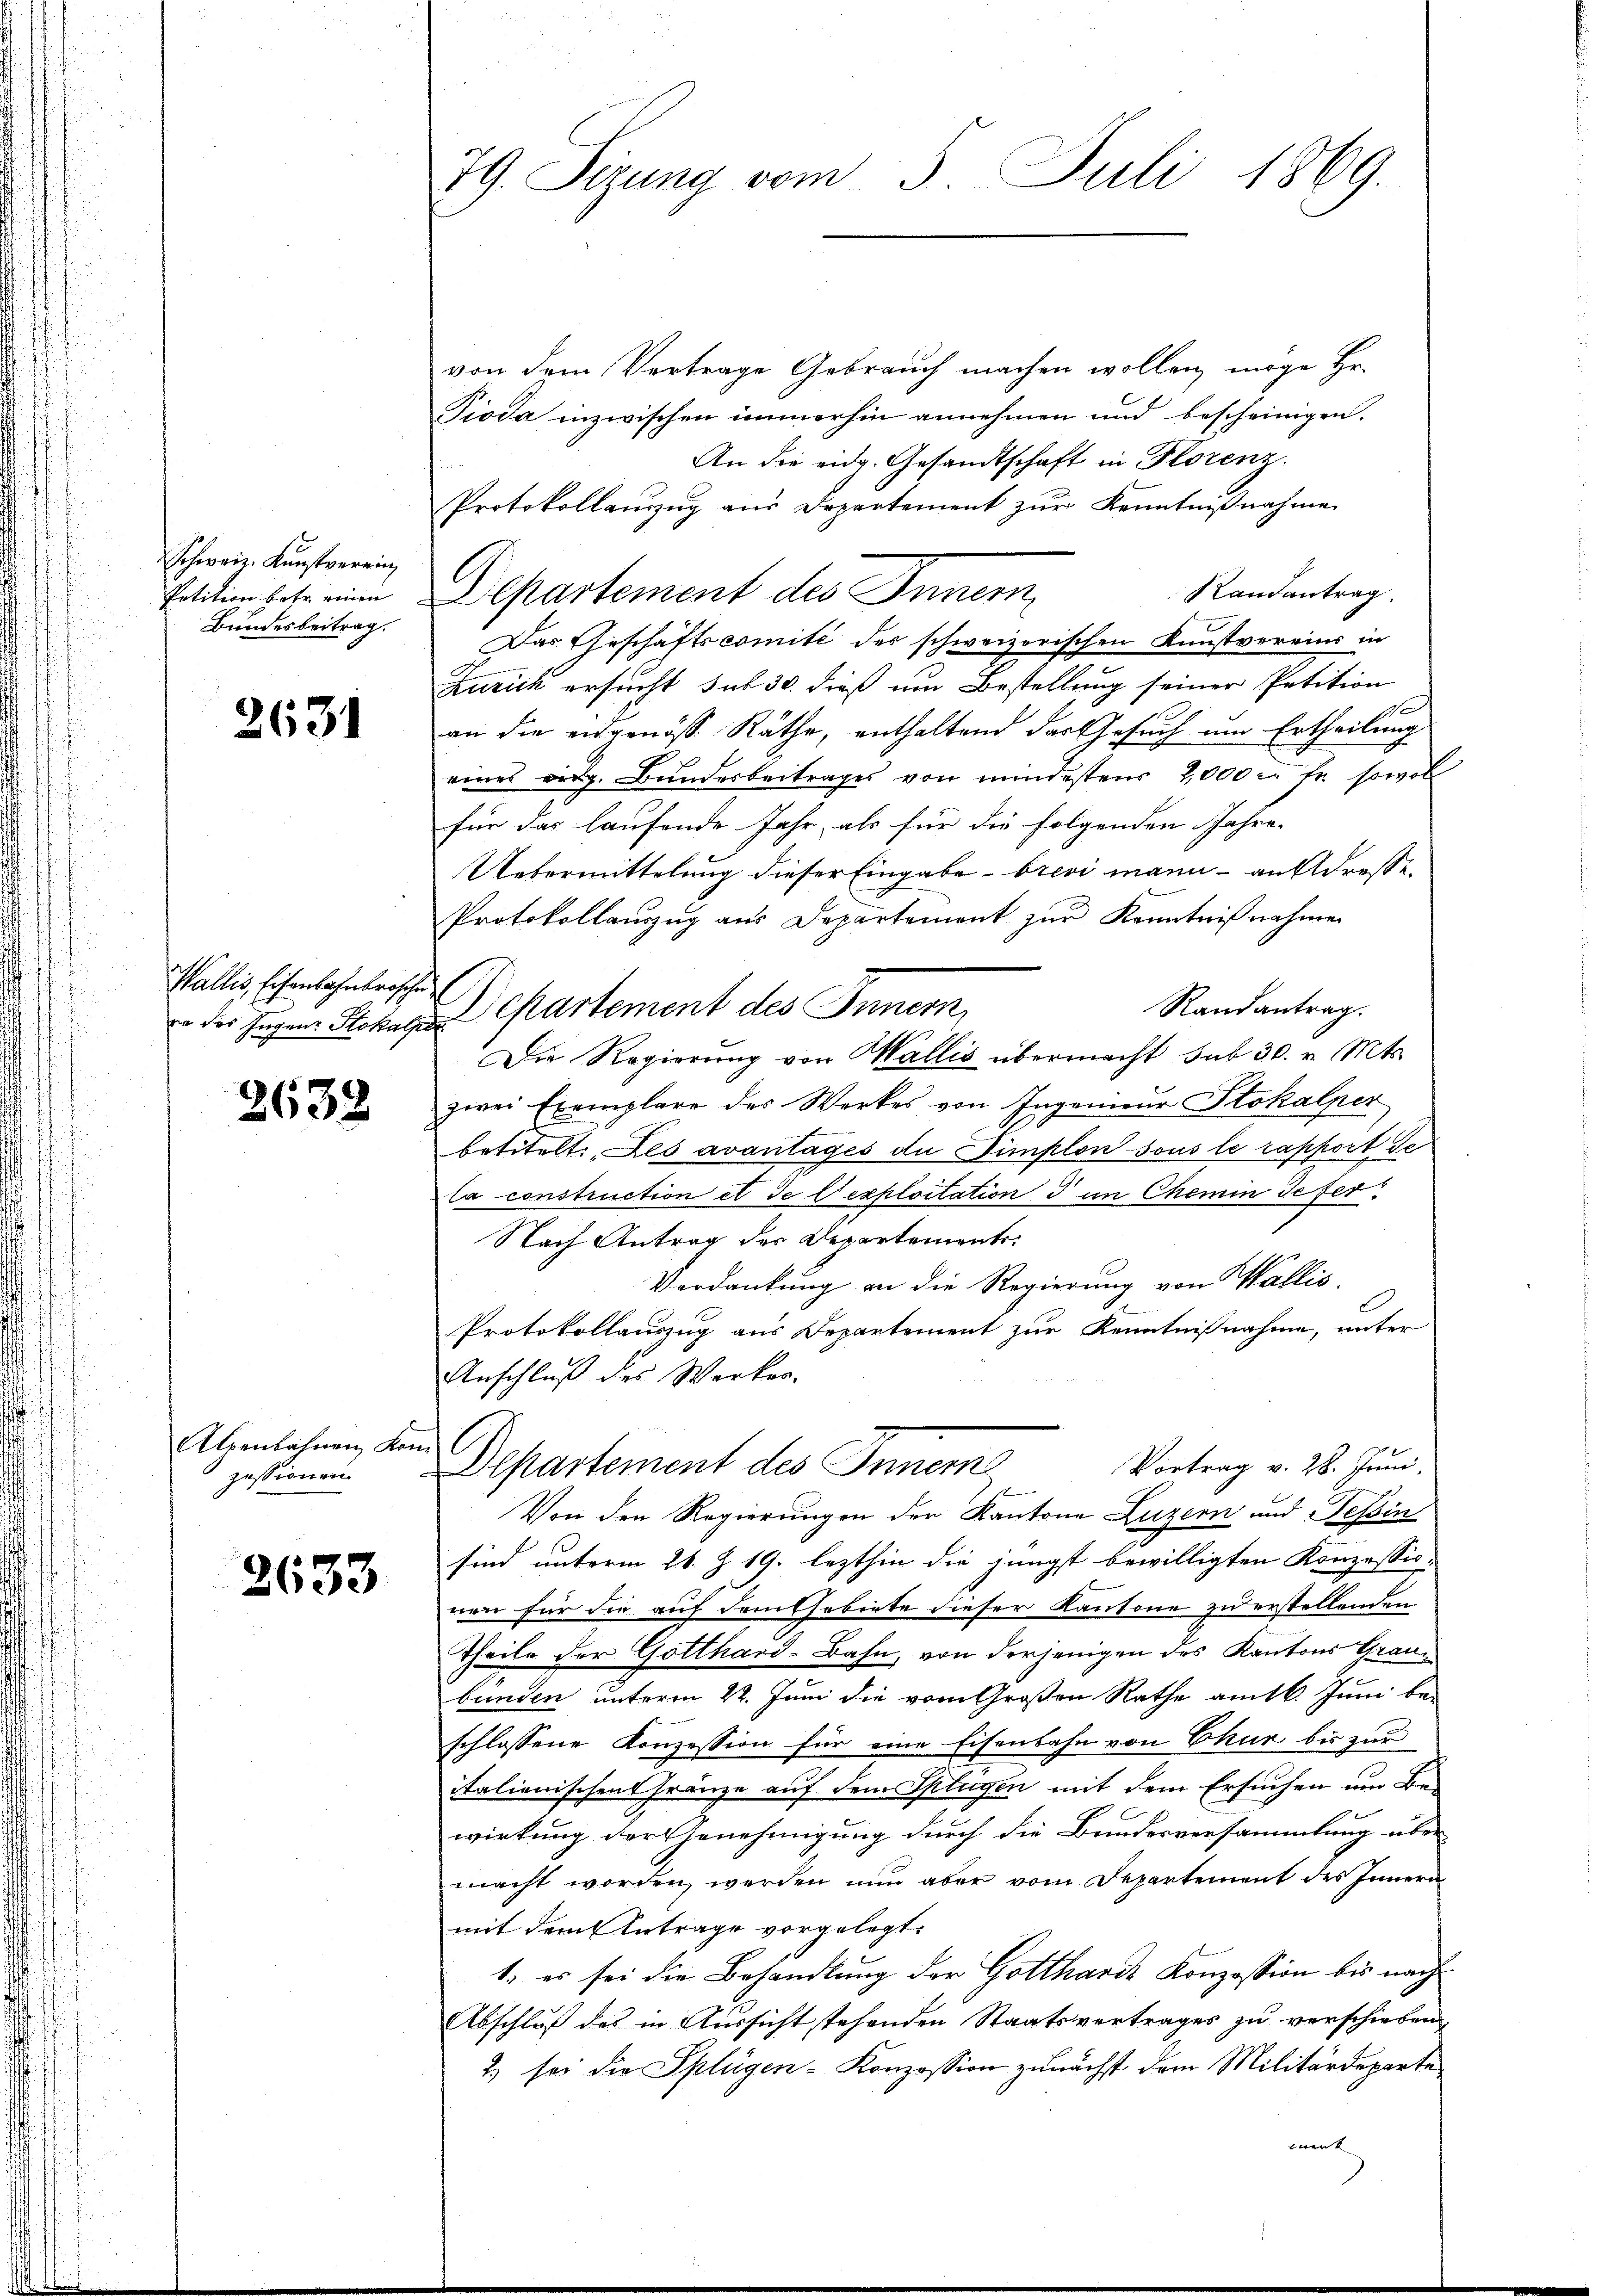
Schweiz. Kunstverein
Petition betr. einen
Bundesbeitrag.

2631

Wallis, Eisenbahnbrosche

2638

Alpenbahnen Kon
zessionen

2633

79. Ferung vom 3. Juli 1869.

von dem Vertrage Gebrauch machen wollen möge Hr.
Pioda inzwischen immerhin annehmen und bescheinigen.
An die eidg. Gesandtschaft in Florenz.
Protokollanzug aus Departement zur Kenntnißnahme
Randantrag.
Departement des Inner
Das Geschäftscomité des schweizerischen Kunstvoreins in
Zürich ersucht, sub 30. dieß um Bestellung seiner Petition
an die angenöss Räthe, enthaltend das Gesuch um Ertheilung
eines eidg. Bundesbeitrages von mindestens 2,000 c. fr. sowol
für das laufende Jahr, als für die folgenden Jahre
Uebermittelung dieser Eingabe brevi mann - an Adresse
Protokollanzug aus Departement zŭr Kenntnißnahmen
Randantrag.
o der Jugen Stokat Chartement des Innern,
Die Regierung von Wallis übermacht sub 30. v. Mts.
zwei Exemplare des Werkes von Ingenieur Stokalper
betitelt, Les avantages die Simplon sous le rapport se
la construction et de l’exploitation d im Chemin defer
Nach Antrag der Departements
Verdankung an die Regierung von Wallis
Protokollauszug aus Departement zur Kenntnißnahme, unter
Anschluß des Werker.
i
Vortrag v. 28. Juni,
Departement des Inner
Von den Regierungen der Kantone Luzern und Tessin
sind unterm 21. Z. 19. lezthin die jüngst bewilligten Konzessio-
nen für die auf dem Gebiete dieser Kantone zu erstellenden
Theile der Gotthard-Bahn, von derjenigen des Kantons Graubunden unterm 22. Juni die vom Großen Rathe am 16. Juni be-
schlossene Konzession für eine Eisenbahn von Chur bis zur
italienischen Fränze auf dem Splagen mit dem Ersuchen um Bewirkung der Genehmigung durch die Bundesversammlung über
macht worden werden nun aber vom Departement des Innern
mit dem Antrage vorgelegt.
1. es sei die Behandlung der Gottharde Konzession bis nach
Abschluß des in Aussicht stehenden Staatsvertrages zu verschieben,
2) sei die Splügen-Konzession zunächst dem Militärdeparte
iwerk